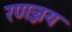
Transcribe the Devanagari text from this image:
रणज्जय